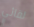
لقائي